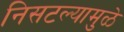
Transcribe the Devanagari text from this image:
निसटल्यामुळे